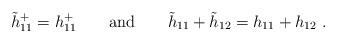
LaTeX: \begin{align*}\tilde h_{11}^+=h_{11}^+ \qquad \mbox{and}\qquad\tilde h_{11} +\tilde h_{12}=h_{11} +h_{12} ~.\end{align*}